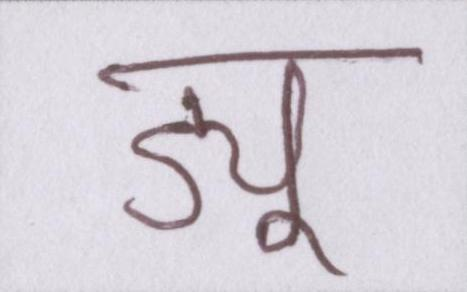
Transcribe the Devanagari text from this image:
ड्यू